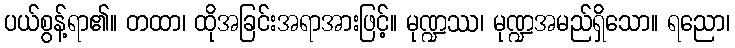
ပယ်စွန့်ရာ၏။ တထာ၊ ထိုအခြင်းအရာအားဖြင့်။ မုဏ္ဍဿ၊ မုဏ္ဍအမည်ရှိသော။ ရညော၊